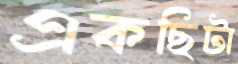
একছিটা